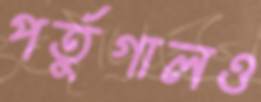
পর্তুগালও